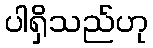
ပါရှိသည်ဟု